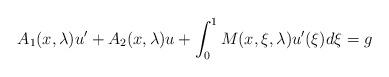
LaTeX: \begin{align*}A_1(x,\lambda)u'+A_2(x,\lambda) u+\int_0^1M(x,\xi,\lambda)u'(\xi)d\xi=g\end{align*}